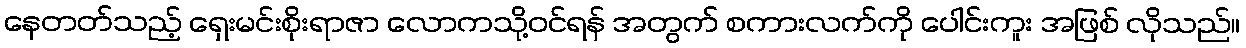
နေတတ်သည့် ရှေးမင်းစိုးရာဇာ လောကသို့ဝင်ရန် အတွက် စကားလက်ကို ပေါင်းကူး အဖြစ် လိုသည်။